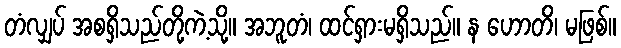
တံလျှပ် အစရှိသည်တို့ကဲ့သို့။ အဘူတံ၊ ထင်ရှားမရှိသည်။ န ဟောတိ၊ မဖြစ်။